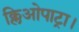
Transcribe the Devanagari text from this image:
क्लिओपाट्रा।